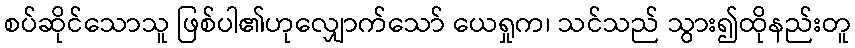
စပ်ဆိုင်သောသူ ဖြစ်ပါ၏ဟုလျှောက်သော် ယေရှုက၊ သင်သည် သွား၍ထိုနည်းတူ